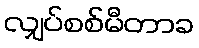
လျှပ်စစ်မီတာခ